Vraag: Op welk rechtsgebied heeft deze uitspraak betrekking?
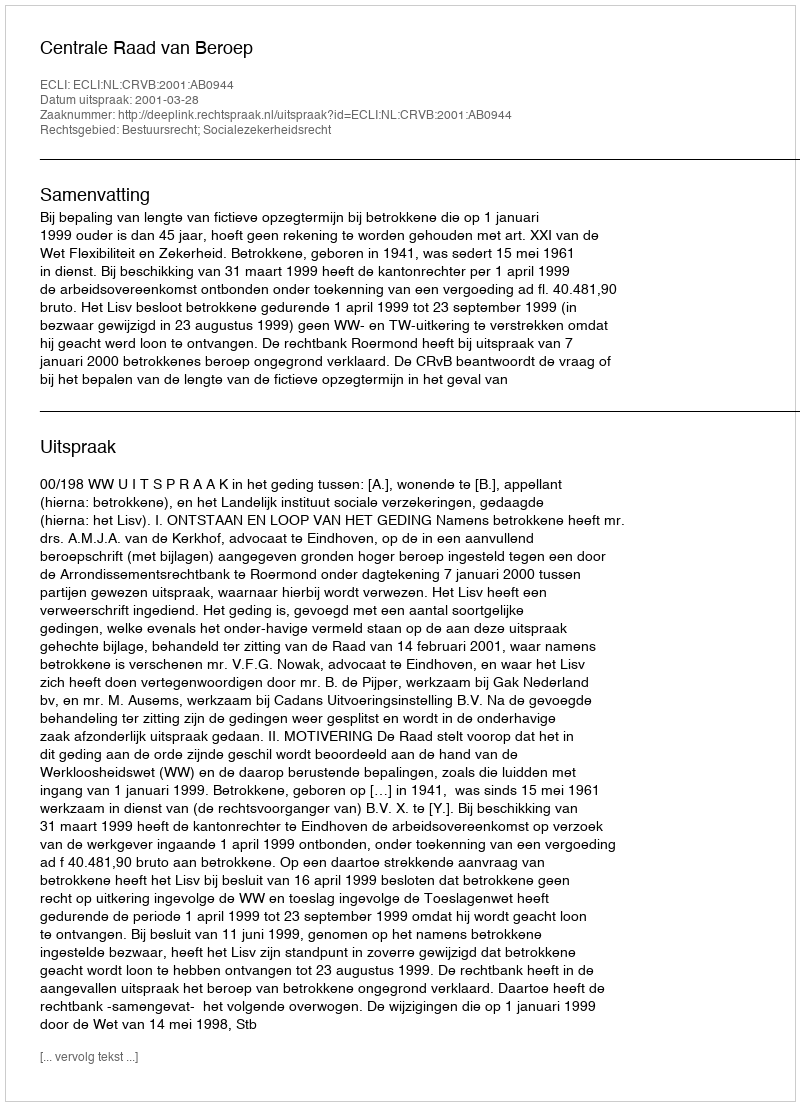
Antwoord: Bestuursrecht; Socialezekerheidsrecht